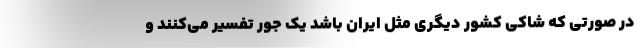
در صورتی که شاکی کشور دیگری مثل ایران باشد یک جور تفسیر می‌کنند و